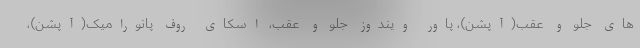
های جلو و عقب(آپشن)، پاور ویندوز جلو و عقب، اسکای روف پانورامیک(آپشن)،